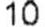
10